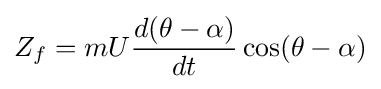
Z_{f}=mU{\frac {d(\theta -\alpha )}{dt}}\cos(\theta -\alpha )